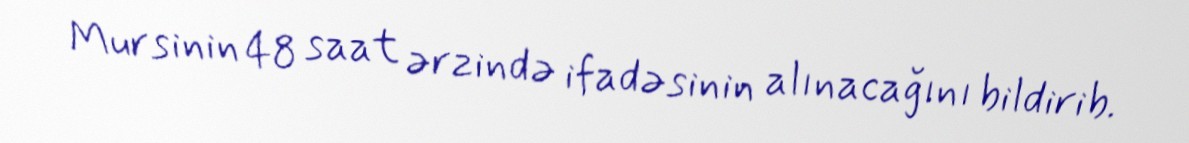
Mursinin 48 saat ərzində ifadəsinin alınacağını bildirib.